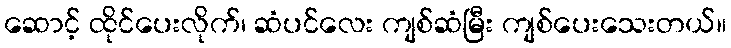
ဆောင့် ထိုင်ပေးလိုက်၊ ဆံပင်လေး ကျစ်ဆံမြီး ကျစ်ပေးသေးတယ်။